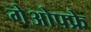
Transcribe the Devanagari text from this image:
गेओफ्फ्रे